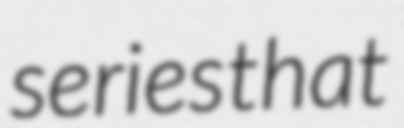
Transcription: series that